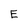
Character: E